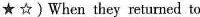
★☆)When they returned to